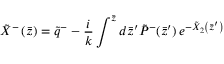
\tilde { X } ^ { - } \left( \bar { z } \right) = \tilde { q } ^ { - } - \frac i k \int ^ { \bar { z } } d \bar { z } ^ { \prime } \tilde { P } ^ { - } ( \bar { z } ^ { \prime } ) \, e ^ { - \tilde { X } _ { 2 } \left( \bar { z } ^ { \prime } \right) }